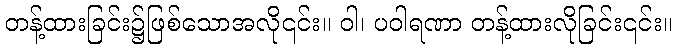
တန့်ထားခြင်း၌ဖြစ်သောအလို၎င်း။ ဝါ၊ ပဝါရဏာ တန့်ထားလိုခြင်း၎င်း။